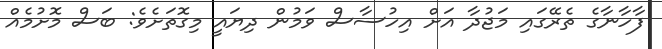
ފާހާނާގެ ތެރޭގައި މަޖުދާ އަށް އިހުސާސް ވަމުން ދިޔައީ މިގޮތަށެވެ: ބަސް މޮށުމެއް